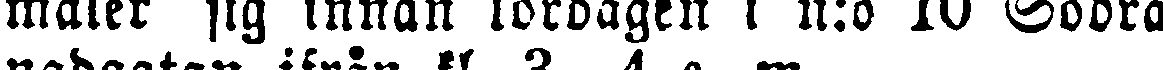
maler sig innan lördagen i n:o 10 Södra